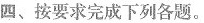
四、按要求完成下列各题。